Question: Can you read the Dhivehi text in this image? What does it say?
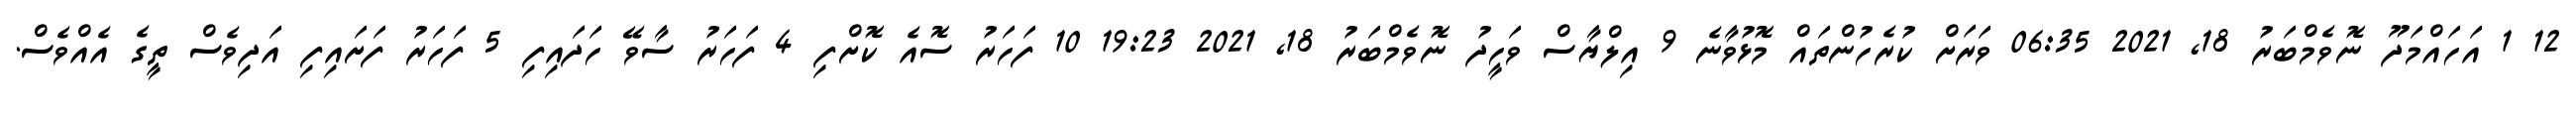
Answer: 12 1 އަހައްމަދޫ ނޮވެމްބަރު 18, 2021 06:35 ވަރަށް ކުރެހުންތައް މޮޅުވާނެ 9 އިލްޔާސް ވަހީދު ނޮވެމްބަރު 18, 2021 19:23 10 ފަހަރު ސޮއެ ކޮށްފި 4 ފަހަރު ސާވޭ ހަދައިފި 5 ފަހަރު ފަށައިފި އަދިވެސް ތީގެ އެއްވެސް.